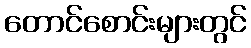
တောင်စောင်းများတွင်